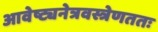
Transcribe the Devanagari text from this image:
आवेष्ट्यनेत्रवस्त्रेणततः